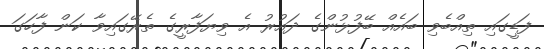
ފަޑީގައި ތިއްބެވި ބައެއް ބޭފުޅުންގެ ދައުރު އެ ވިޔަފާރީގެ ތެރޭގައިވާ ކަން ފާހަގަ